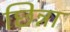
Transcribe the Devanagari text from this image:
छिन्ना